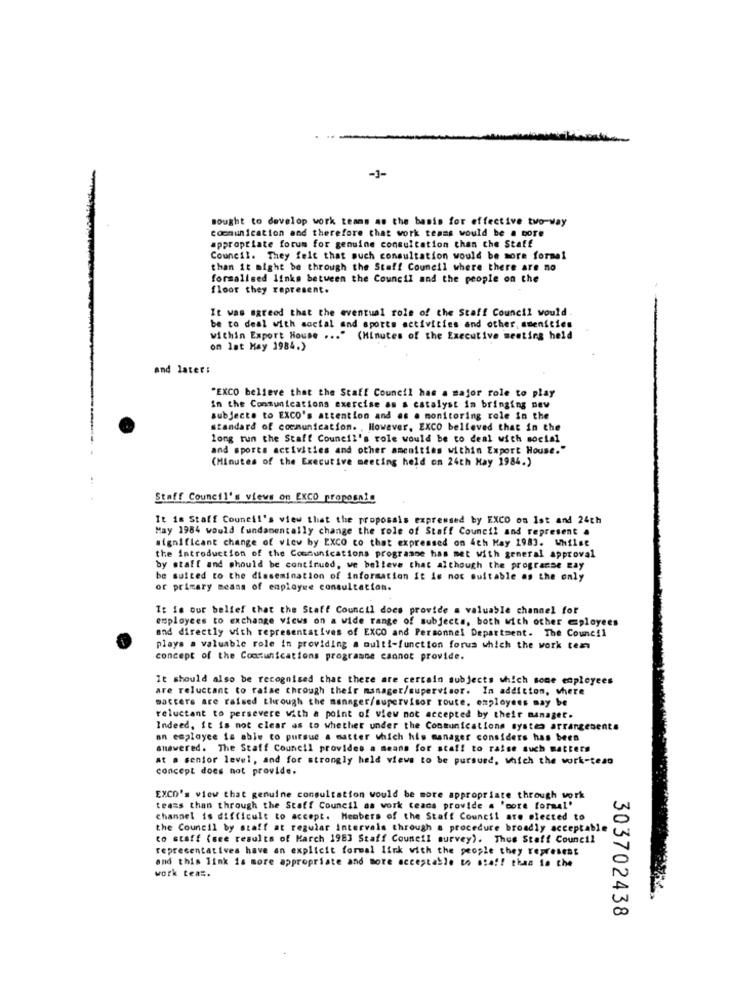
-1-
sought to develop work teams as the basis for effective two-way
communication and therefore that work teams would be a more
appropriate forum for genuine consultation than the Staff
Council. They felt that much consultation would be more forma!
than it might be through the Staff Council where there are no
formalised links between the Council and the people on the
floor they represent.
It was agreed that the eventual role of the Staff Council would.
be to deal with social and sports activities and other, amenities
within Export House ... " (Minutes of the Executive meeting held
om lat May 1984.)
and later:
"EXCO believe that the Staff Council has a major role to play
in the Communications exercise as a catalyst in bringing new
subjects to EXCO's attention and as . monitoring role in the
standard of communication. . However, EXCO believed that in the
long run the Staff Council's role would be to deal with social
and sports activities and other amenities within Export House."
(Minutes of the Executive meeting held on 24th May 1984.)
Staff Council's views on ExCO proposais
It is Staff Council's view that the proposals expressed by EXCO os Ist and 24ch
May 1984 would fundamentally change the role of Staff Council and represent a
significant change of view by EXCO co that expressed on 4th May 1983. Whilst
the introduction of the Communications programse has met with general approval
by staff and should be continued, we believe that although the programse Bay
be suited to the dissemination of information it is not suitable as the only
or primary means of employee consultation.
It is our belief that the Staff Council docs provide a valuable channel for
employees to exchange views on a wide range of subjects, both with other =ployees
and directly with representatives of EXCO and Personnel Department. The Council
plays a valuable role in providing a multi-function forus which the work ten
concept of the Communications programne cannot provide.
It should also be recognised that there are certain subjects which sone employees
are reluctant to raise through their manager/supervisor. In addition, where
matters are raised through the manager/supervisor route, employees may be
reluctant to persevere with a point of view not accepted by their manager.
Indeed, it is not clear as to whether under the Conmunications systes arrangebente
an employee is able to pursue a matter which his manager considers has been
answered. The Staff Council provides a means for staff to raise such matters
at a senior level, and for strongly held views to be pursued, which the work-teao
concept does not provide.
EXCO's view that genuine consultation would be more appropriate through work
teams than through the Staff Council as work teans provide # 'core formal'
channel is difficult to accept. Members of the Staff Council are elected to
the Council by staff at regular intervals through a procedure broadly acceptable
to staff (see results of March 1983 Staff Council survey). Thus Staff Council
representatives have an explicit formal link with the people they represent
and this link is more appropriate and more acceptable to sia !! thas in the
work tea =.
303702438